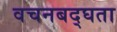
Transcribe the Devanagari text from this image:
वचनबद्घता